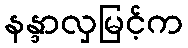
နန္ဒာလှမြင့်က